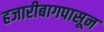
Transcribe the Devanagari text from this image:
हजारीबागपासून